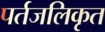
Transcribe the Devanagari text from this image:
पर्तजलिकृत